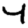
Digit: 4